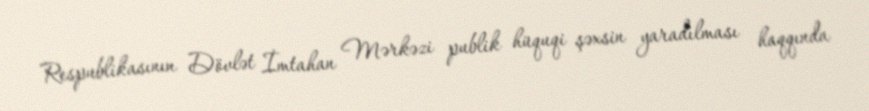
Respublikasının Dövlət İmtahan Mərkəzi publik hüquqi şəxsin yaradılması haqqında